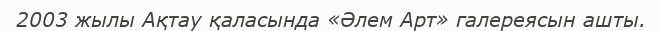
2003 жылы Ақтау қаласында «Әлем Арт» галереясын ашты.